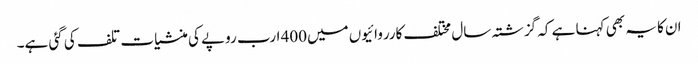
ان کا یہ بھی کہنا ہے کہ گزشتہ سال مختلف کارروائیوں میں400 ارب روپے کی منشیات تلف کی گئی ہے۔